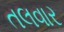
તલવાર